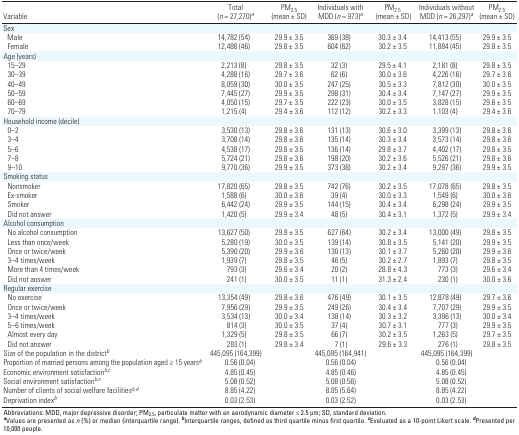
<table><thead><tr><td><b>Variable</b></td><td><b>Total (<i>n</i> = 27,270)<sup><i>a</i></sup></b></td><td><b>PM<sub>2.5</sub> (mean ± SD)</b></td><td><b>Individuals with MDD (<i>n</i> = 973)<sup><i>a</i></sup></b></td><td><b>PM<sub>2.5</sub> (mean ± SD)</b></td><td><b>Individuals without MDD (<i>n</i> = 26,297)<sup><i>a</i></sup></b></td><td><b>PM<sub>2.5</sub> (mean ± SD)</b></td></tr></thead><tbody><tr><td><b>Sex</b></td></tr><tr><td><b>Male</b></td><td>14,782 (54)</td><td>29.9 ± 3.5</td><td>369 (38)</td><td>30.3 ± 3.4</td><td>14,413 (55)</td><td>29.9 ± 3.5</td></tr><tr><td><b>Female</b></td><td>12,488 (46)</td><td>29.8 ± 3.5</td><td>604 (62)</td><td>30.2 ± 3.5</td><td>11,884 (45)</td><td>29.8 ± 3.5</td></tr><tr><td><b>Age (years)</b></td></tr><tr><td><b>15–29</b></td><td>2,213 (8)</td><td>29.8 ± 3.5</td><td>32 (3)</td><td>29.5 ± 4.1</td><td>2,181 (8)</td><td>29.8 ± 3.5</td></tr><tr><td><b>30–39</b></td><td>4,288 (16)</td><td>29.7 ± 3.6</td><td>62 (6)</td><td>30.0 ± 3.6</td><td>4,226 (16)</td><td>29.7 ± 3.6</td></tr><tr><td><b>40–49</b></td><td>8,059 (30)</td><td>30.0 ± 3.5</td><td>247 (25)</td><td>30.5 ± 3.3</td><td>7,812 (30)</td><td>30.0 ± 3.5</td></tr><tr><td><b>50–59</b></td><td>7,445 (27)</td><td>29.9 ± 3.5</td><td>298 (31)</td><td>30.4 ± 3.4</td><td>7,147 (27)</td><td>29.9 ± 3.5</td></tr><tr><td><b>60–69</b></td><td>4,050 (15)</td><td>29.7 ± 3.5</td><td>222 (23)</td><td>30.0 ± 3.5</td><td>3,828 (15)</td><td>29.6 ± 3.5</td></tr><tr><td><b>70–79</b></td><td>1,215 (4)</td><td>29.4 ± 3.6</td><td>112 (12)</td><td>30.2 ± 3.3</td><td>1,103 (4)</td><td>29.4 ± 3.6</td></tr><tr><td><b>Household income (decile)</b></td></tr><tr><td><b>0–2</b></td><td>3,530 (13)</td><td>29.8 ± 3.6</td><td>131 (13)</td><td>30.6 ± 3.0</td><td>3,399 (13)</td><td>29.8 ± 3.6</td></tr><tr><td><b>3–4</b></td><td>3,708 (14)</td><td>29.8 ± 3.6</td><td>135 (14)</td><td>30.3 ± 3.4</td><td>3,573 (14)</td><td>29.8 ± 3.6</td></tr><tr><td><b>5–6</b></td><td>4,538 (17)</td><td>29.8 ± 3.5</td><td>136 (14)</td><td>29.8 ± 3.7</td><td>4,402 (17)</td><td>29.8 ± 3.5</td></tr><tr><td><b>7–8</b></td><td>5,724 (21)</td><td>29.8 ± 3.6</td><td>198 (20)</td><td>30.2 ± 3.6</td><td>5,526 (21)</td><td>29.8 ± 3.6</td></tr><tr><td><b>9–10</b></td><td>9,770 (36)</td><td>29.9 ± 3.5</td><td>373 (38)</td><td>30.2 ± 3.4</td><td>9,297 (36)</td><td>29.9 ± 3.5</td></tr><tr><td><b>Smoking status</b></td></tr><tr><td><b>Nonsmoker</b></td><td>17,820 (65)</td><td>29.8 ± 3.5</td><td>742 (76)</td><td>30.2 ± 3.5</td><td>17,078 (65)</td><td>29.8 ± 3.5</td></tr><tr><td><b>Ex-smoker</b></td><td>1,588 (6)</td><td>30.0 ± 3.6</td><td>39 (4)</td><td>30.0 ± 3.3</td><td>1,549 (6)</td><td>30.0 ± 3.6</td></tr><tr><td><b>Smoker</b></td><td>6,442 (24)</td><td>29.9 ± 3.5</td><td>144 (15)</td><td>30.4 ± 3.4</td><td>6,298 (24)</td><td>29.9 ± 3.5</td></tr><tr><td><b>Did not answer</b></td><td>1,420 (5)</td><td>29.9 ± 3.4</td><td>48 (5)</td><td>30.4 ± 3.1</td><td>1,372 (5)</td><td>29.9 ± 3.4</td></tr><tr><td><b>Alcohol consumption</b></td></tr><tr><td><b>No alcohol consumption</b></td><td>13,627 (50)</td><td>29.8 ± 3.5</td><td>627 (64)</td><td>30.2 ± 3.4</td><td>13,000 (49)</td><td>29.8 ± 3.5</td></tr><tr><td><b>Less than once/week</b></td><td>5,280 (19)</td><td>30.0 ± 3.5</td><td>139 (14)</td><td>30.8 ± 3.5</td><td>5,141 (20)</td><td>29.9 ± 3.5</td></tr><tr><td><b>Once or twice/week</b></td><td>5,390 (20)</td><td>29.9 ± 3.6</td><td>130 (13)</td><td>30.1 ± 3.7</td><td>5,260 (20)</td><td>29.9 ± 3.6</td></tr><tr><td><b>3–4 times/week</b></td><td>1,939 (7)</td><td>29.8 ± 3.5</td><td>46 (5)</td><td>30.2 ± 2.7</td><td>1,893 (7)</td><td>29.8 ± 3.5</td></tr><tr><td><b>More than 4 times/week</b></td><td>793 (3)</td><td>29.6 ± 3.4</td><td>20 (2)</td><td>28.8 ± 4.3</td><td>773 (3)</td><td>29.6 ± 3.4</td></tr><tr><td><b>Did not answer</b></td><td>241 (1)</td><td>30.0 ± 3.5</td><td>11 (1)</td><td>31.3 ± 2.4</td><td>230 (1)</td><td>30.0 ± 3.6</td></tr><tr><td><b>Regular exercise</b></td></tr><tr><td><b>No exercise</b></td><td>13,354 (49)</td><td>29.8 ± 3.6</td><td>476 (49)</td><td>30.1 ± 3.5</td><td>12,878 (49)</td><td>29.7 ± 3.6</td></tr><tr><td><b>Once or twice/week</b></td><td>7,956 (29)</td><td>29.9 ± 3.5</td><td>249 (26)</td><td>30.4 ± 3.4</td><td>7,707 (29)</td><td>29.9 ± 3.5</td></tr><tr><td><b>3–4 times/week</b></td><td>3,534 (13)</td><td>30.0 ± 3.4</td><td>138 (14)</td><td>30.3 ± 3.2</td><td>3,396 (13)</td><td>30.0 ± 3.4</td></tr><tr><td><b>5–6 times/week</b></td><td>814 (3)</td><td>30.0 ± 3.5</td><td>37 (4)</td><td>30.7 ± 3.1</td><td>777 (3)</td><td>29.9 ± 3.5</td></tr><tr><td><b>Almost every day</b></td><td>1,329 (5)</td><td>29.8 ± 3.5</td><td>66 (7)</td><td>30.2 ± 3.5</td><td>1,263 (5)</td><td>29.7 ± 3.5</td></tr><tr><td><b>Did not answer</b></td><td>283 (1)</td><td>29.8 ± 3.4</td><td>7 (1)</td><td>29.6 ± 3.3</td><td>276 (1)</td><td>29.8 ± 3.5</td></tr><tr><td><b>Size of the population in the district<sup><i>b</i></sup></b></td><td>445,095 (164,399)</td><td></td><td>445,095 (164,941)</td><td></td><td>445,095 (164,399)</td></tr><tr><td><b>Proportion of married persons among the population aged ≥ 15 years<sup><i>b</i></sup></b></td><td>0.56 (0.04)</td><td></td><td>0.56 (0.04)</td><td></td><td>0.56 (0.04)</td></tr><tr><td><b>Economic environment satisfaction<sup><i>b,c</i></sup></b></td><td>4.85 (0.45)</td><td></td><td>4.85 (0.46)</td><td></td><td>4.85 (0.45)</td></tr><tr><td><b>Social environment satisfaction<sup><i>b,c</i></sup></b></td><td>5.08 (0.52)</td><td></td><td>5.08 (0.56)</td><td></td><td>5.08 (0.52)</td></tr><tr><td><b>Number of clients of social welfare facilities<sup><i>b,d</i></sup></b></td><td>8.85 (4.22)</td><td></td><td>8.85 (5.64)</td><td></td><td>8.85 (4.22)</td></tr><tr><td><b>Deprivation index<sup><i>b</i></sup></b></td><td>0.03 (2.53)</td><td></td><td>0.03 (2.52)</td><td></td><td>0.03 (2.53)</td></tr><tr><td colspan="7">Abbreviations: MDD, major depressive disorder; PM<sub>2.5</sub>, particulate matter with an aerodynamic diameter ≤ 2.5 μm; SD, standard deviation. <sup><i><b>a</b></i></sup>Values are presented as <i>n</i> (%) or median (interquartile range). <sup><i><b>b</b></i></sup>Interquartile ranges, defined as third quartile minus first quartile. <sup><i><b>c</b></i></sup>Evaluated as a 10-point Likert scale. <sup><i><b>d</b></i></sup>Presented per 10,000 people. </td></tr></tbody></table>